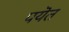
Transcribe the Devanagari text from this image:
पयॆत